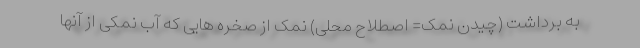
به برداشت (چیدن نمک= اصطلاح محلی) نمک از صخره هایی که آب نمکی از آنها